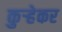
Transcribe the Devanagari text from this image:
कुऱ्हेकर